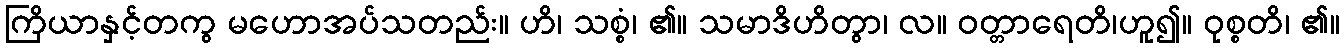
ကြိယာနှင့်တကွ မဟောအပ်သတည်း။ ဟိ၊ သစ္စံ၊ ၏။ သမာဒိဟိတွာ၊ လ။ ဝတ္တာရေတိ၊ဟူ၍။ ဝုစ္စတိ၊ ၏။